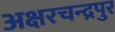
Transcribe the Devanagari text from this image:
अक्षरचन्द्रपुर